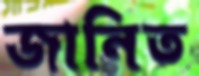
জানিত